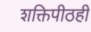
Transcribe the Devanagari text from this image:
शक्तिपीठही